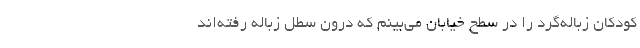
کودکان زباله‌گرد را در سطح خیابان می‌بینم که درون سطل زباله رفته‌اند